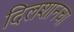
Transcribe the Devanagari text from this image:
दिलशानचा